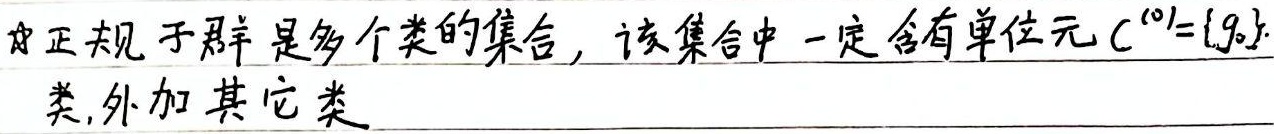
正规子群是多个类的集合，该集合中一定含有单位元 \(C^{(0)} = \{g_e\}\) 类，外加其它类。